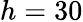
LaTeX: h=30